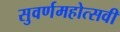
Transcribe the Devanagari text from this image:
सुवर्णमहोत्‍सवी